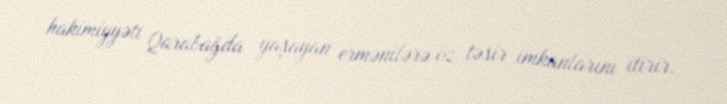
hakimiyyəti Qarabağda yaşayan ermənilərə öz təsir imkanlarını itirir.